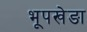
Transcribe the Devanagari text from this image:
भूपखेङा